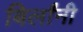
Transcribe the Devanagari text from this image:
बिर्लांनी